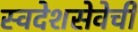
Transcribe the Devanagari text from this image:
स्वदेशसेवेची